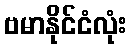
ဗမာနိုင်ငံလုံး